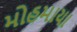
મોહમાયા